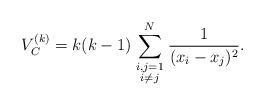
LaTeX: \begin{align*}V_C^{(k)} = k(k-1) \sum_{\scriptstyle i,j=1 \atop \scriptstyle i\ne j}^N \frac{1}{(x_i-x_j)^2}. \end{align*}